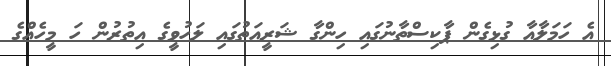
އެ ހަމަލާއާ ގުޅިގެން ޕާކިސްތާނުގައި ހިންގާ ޝަރީއަތުގައި ލަހުވީގެ އިތުރުން ހަ މީހެއްގެ